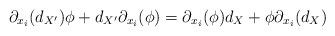
LaTeX: \begin{align*}\partial_{x_i}( d_{X'} ) \phi + d_{X'} \partial_{x_i}( \phi ) = \partial_{x_i}( \phi ) d_X + \phi \partial_{x_i}( d_X )\end{align*}